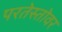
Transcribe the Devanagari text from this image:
परतेस्तोवर